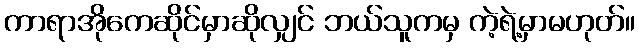
ကာရာအိုကေဆိုင်မှာဆိုလျှင် ဘယ်သူကမှ ကဲ့ရဲ့မှာမဟုတ်။